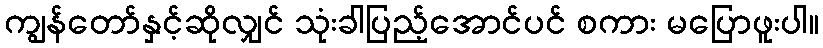
ကျွန်တော်နှင့်ဆိုလျှင် သုံးခါပြည့်အောင်ပင် စကား မပြောဖူးပါ။